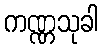
ကဏ္ဏသုခါ